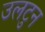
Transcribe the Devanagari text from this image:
उलटुन